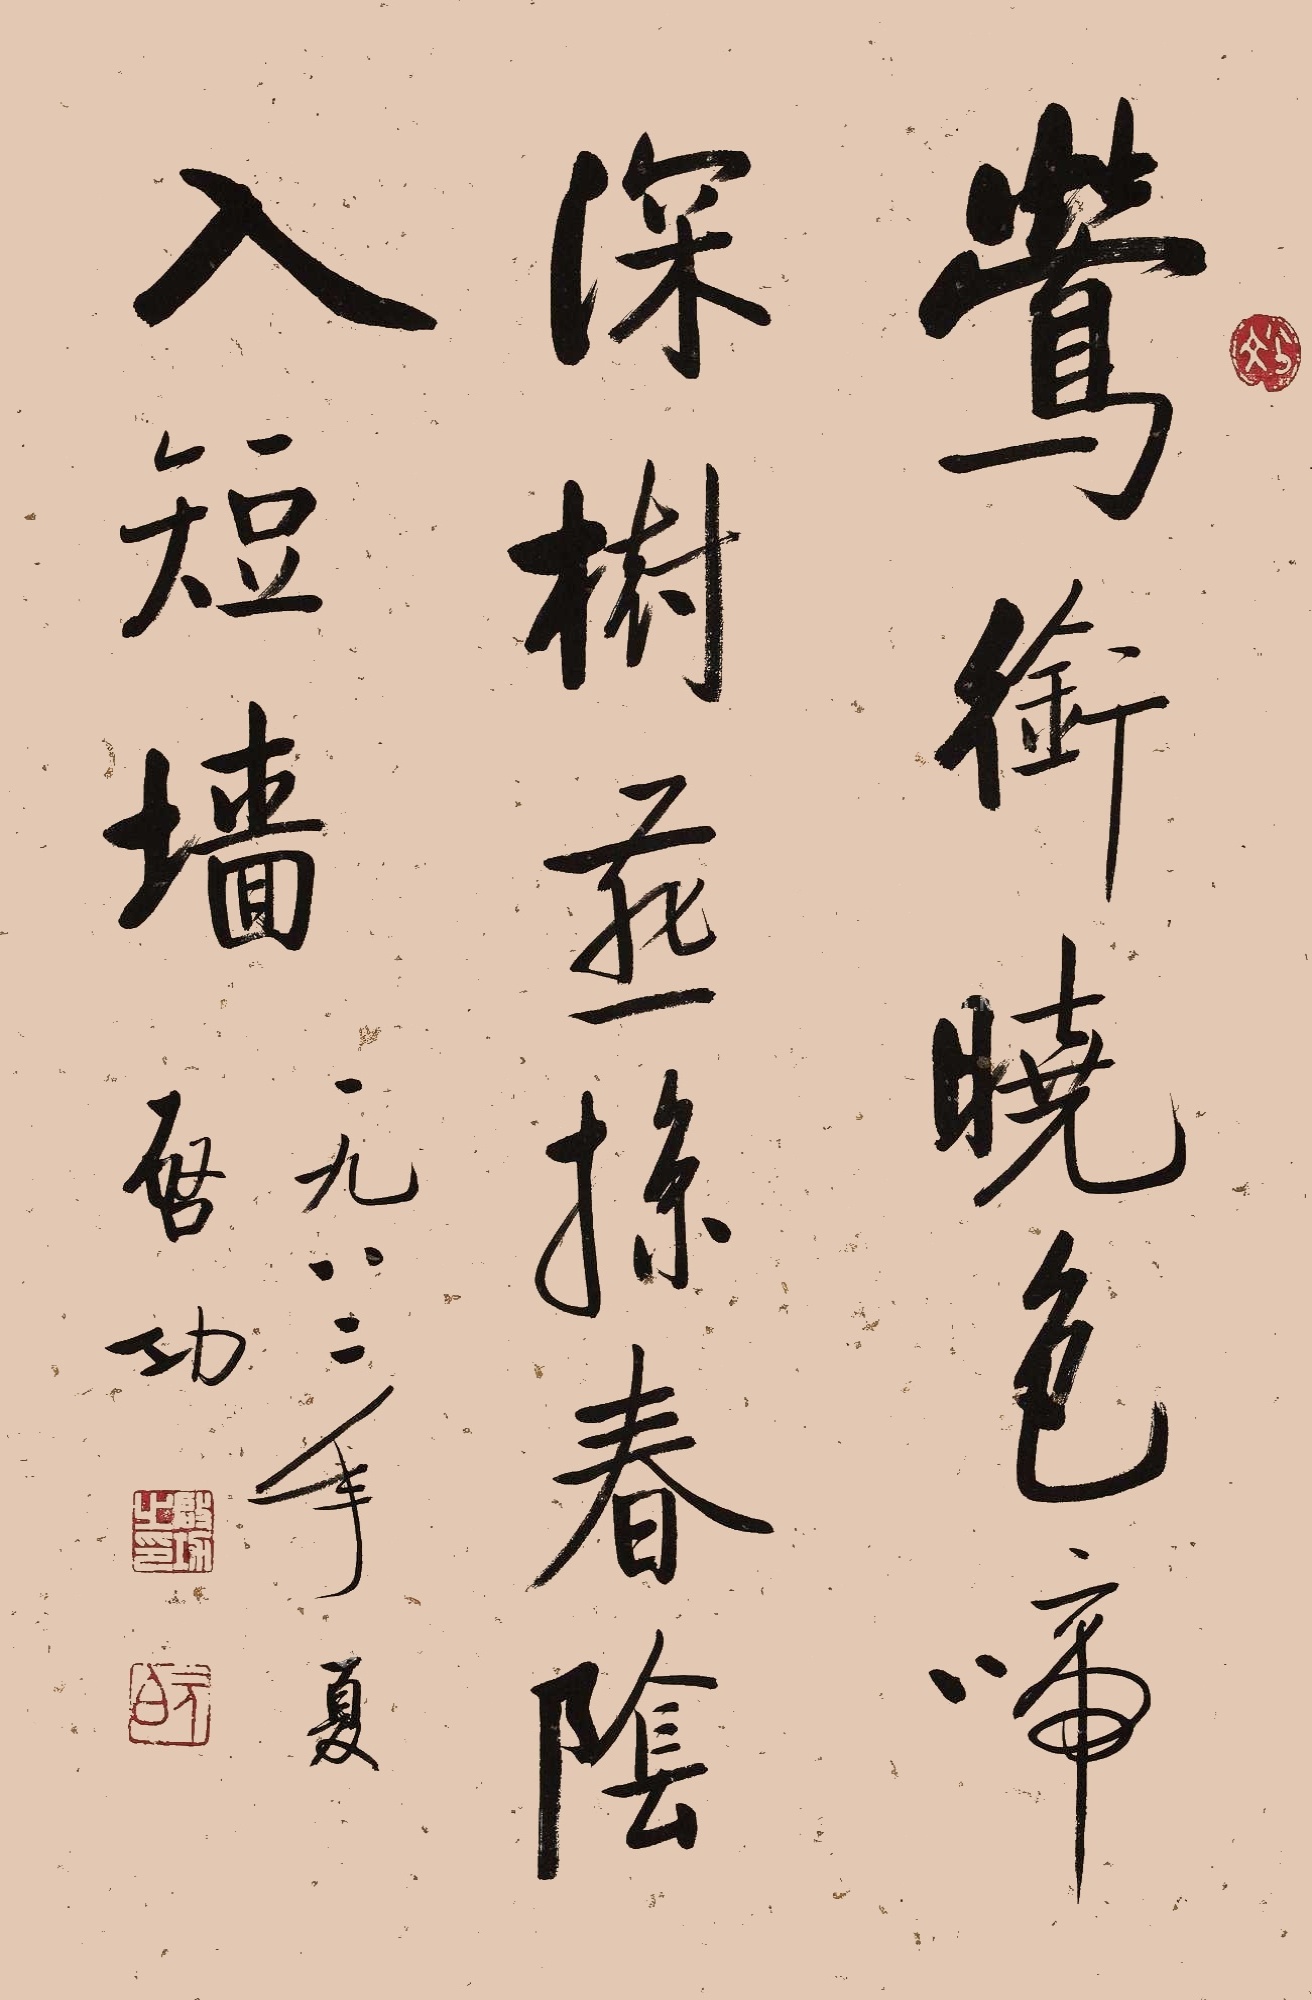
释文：莺衔晚色啼深树，燕掠春阴入短墙。一九八二年夏，启功。